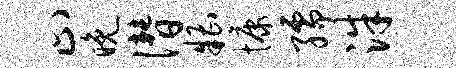
止晚僭糟慷孺洙